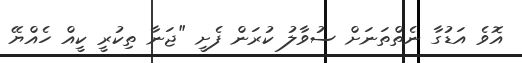
އޮވެ އަޑުގާ ނެތްތަނަށް ސުވާލު ކުރަން ފެށީ "ޖަނާ ތިކުރީ ކީއް ހެއްޔޭ